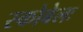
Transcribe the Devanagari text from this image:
स्कोबेलः